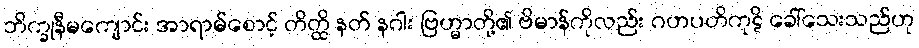
ဘိက္ခုနီမကျောင်း အာရာမ်စောင့် တိတ္ထိ နတ် နဂါး ဗြဟ္မာတို့၏ ဗိမာန်ကိုလည်း ဂဟပတိကုဋိ ခေါ်သေးသည်ဟု